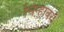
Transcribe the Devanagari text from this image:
चिन्हावर